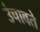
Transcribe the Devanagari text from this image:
उंचावते